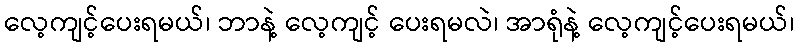
လေ့ကျင့်ပေးရမယ်၊ ဘာနဲ့ လေ့ကျင့် ပေးရမလဲ၊ အာရုံနဲ့ လေ့ကျင့်ပေးရမယ်၊